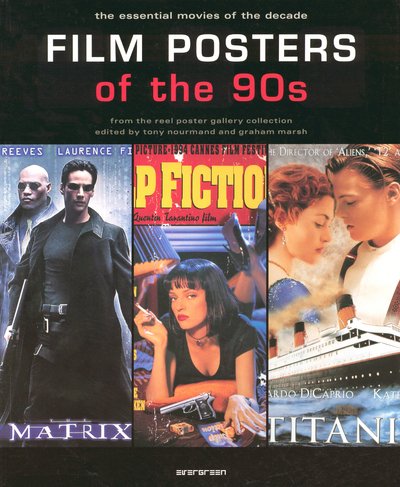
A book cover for Film Posters of the 90s: The Essential Movies of the Decade; Crafts, Hobbies & Home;